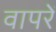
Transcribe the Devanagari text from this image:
वापरें